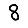
Digit: 8